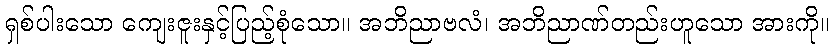
ရှစ်ပါးသော ကျေးဇူးနှင့်ပြည့်စုံသော။ အဘိညာဗလံ၊ အဘိညာဏ်တည်းဟူသော အားကို။